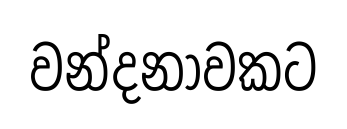
වන්දනාවකට